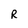
Character: R